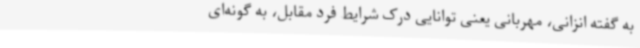
به گفته انزانی، مهربانی یعنی توانایی درک شرایط فرد مقابل، به گونه‌ای